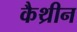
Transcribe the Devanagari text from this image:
कैथ्रीन